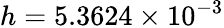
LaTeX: h=5.3624\times 10^{-3}